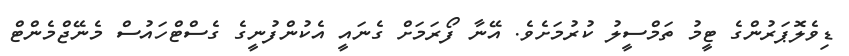
ޑިވެލޮޕަރުންގެ ޓީމު ތަމްސީލު ކުރުމަށެވެ. އޭނާ ފޯރަމަށް ގެނައީ އެކުންފުނީގެ ގެސްޓްހައުސް މެނޭޖްމެންޓް